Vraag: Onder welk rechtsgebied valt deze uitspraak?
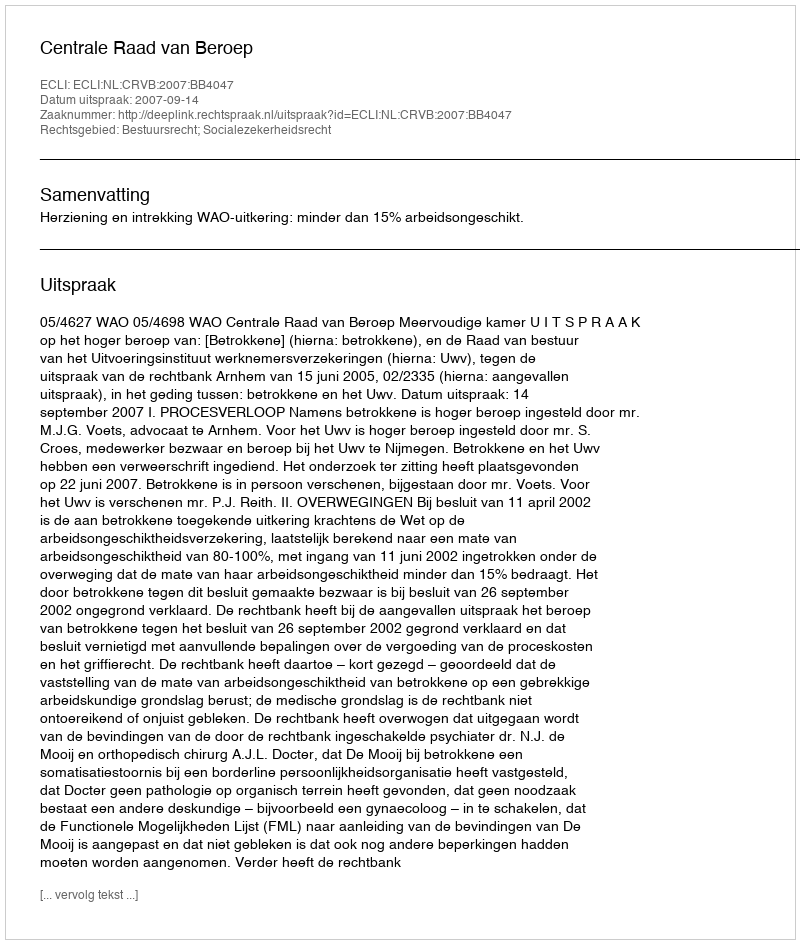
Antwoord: Bestuursrecht; Socialezekerheidsrecht